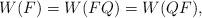
LaTeX: \begin{align*} W(F) = W(F Q) = W(Q F),\end{align*}